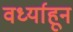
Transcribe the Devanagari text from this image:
वर्ध्याहून